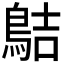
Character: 𪁄